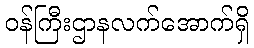
ဝန်ကြီးဌာနလက်အောက်ရှိ